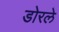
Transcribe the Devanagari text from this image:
डोरले